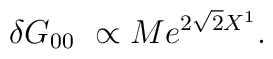
\delta G_{00}\ \propto M e^{2\sqrt 2 X^1}.